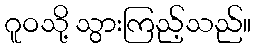
ဂူဝသို့ သွားကြည့်သည်။